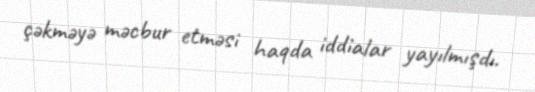
çəkməyə məcbur etməsi haqda iddialar yayılmışdı.